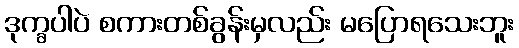
ဒုက္ခပါပဲ စကားတစ်ခွန်းမှလည်း မပြောရသေးဘူး